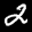
Label: 2